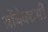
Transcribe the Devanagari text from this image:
थ्रोंबेक्टमी